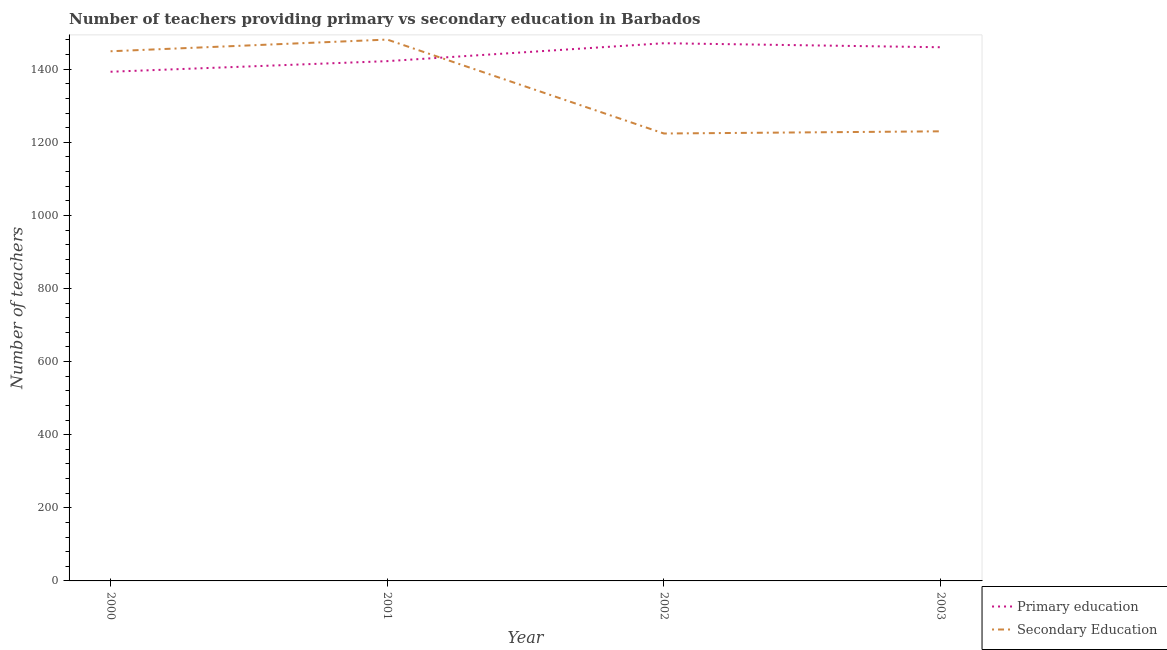
| Year | Primary education | Secondary Education |
 | --- | --- | --- |
 | 2000 | 1.39e+03 | 1.45e+03 |
 | 2001 | 1.42e+03 | 1.48e+03 |
 | 2002 | 1.47e+03 | 1.22e+03 |
 | 2003 | 1.46e+03 | 1.23e+03 |